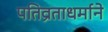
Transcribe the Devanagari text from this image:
पतिव्रताधर्माने